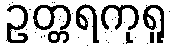
ဥတ္တရကုရူ